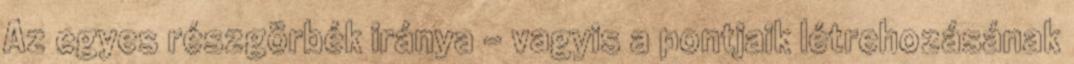
Az egyes részgörbék iránya – vagyis a pontjaik létrehozásának